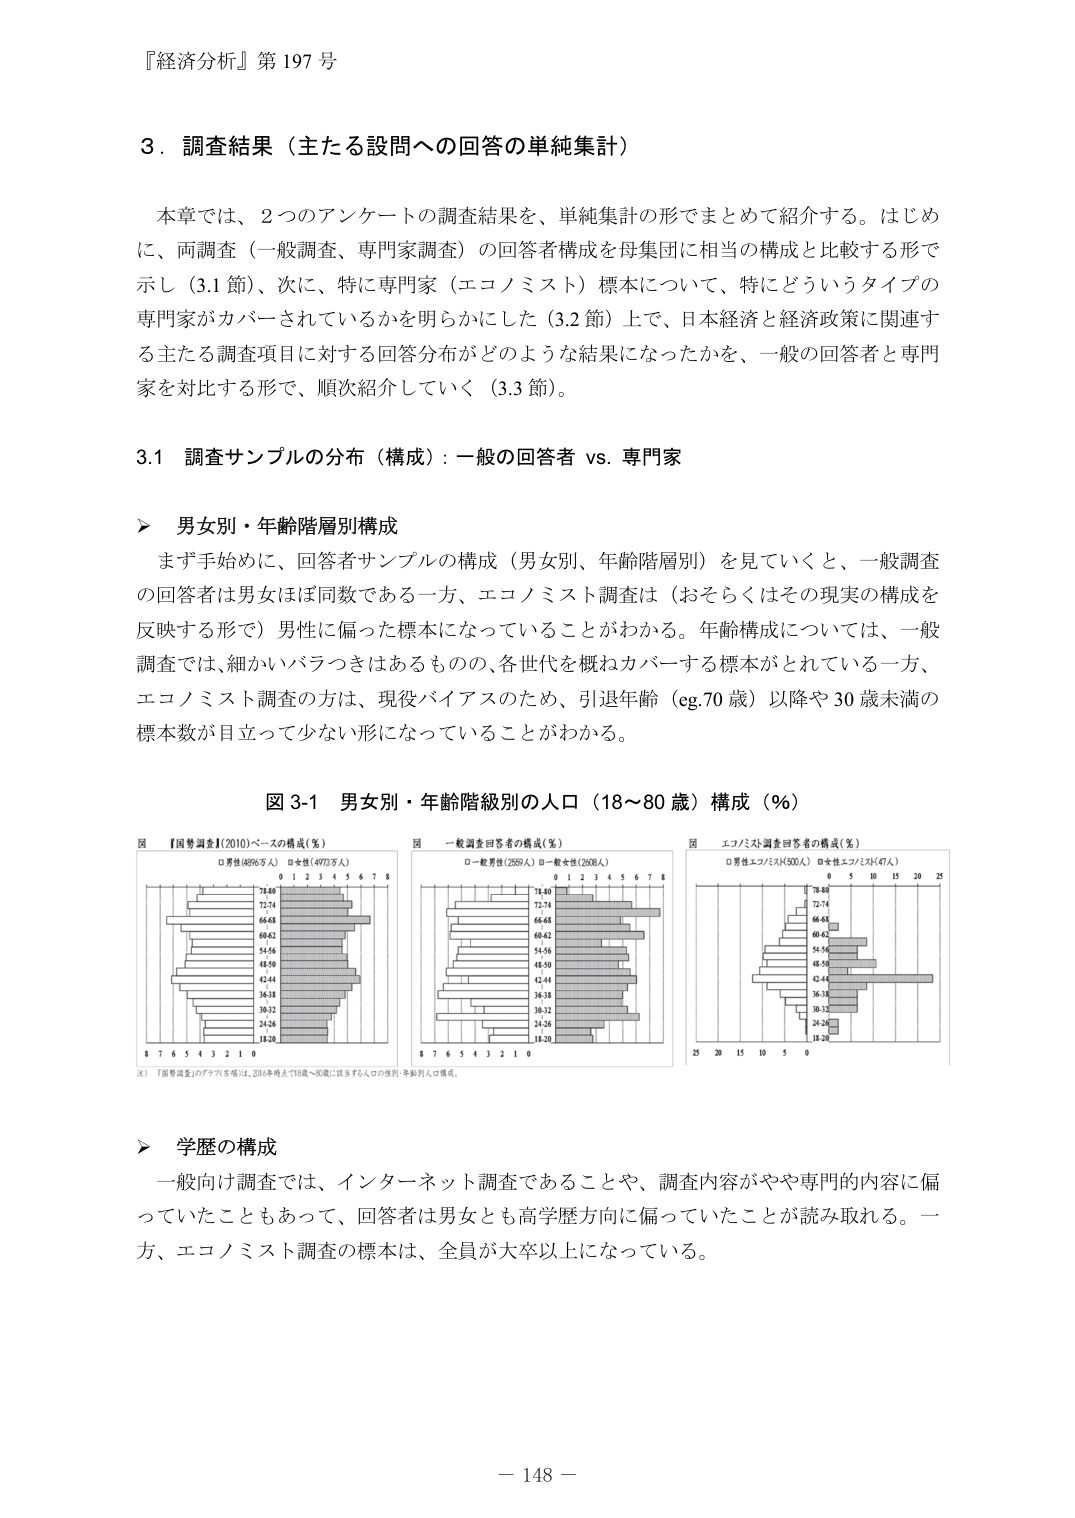
『経済分析』第197号

3．調査結果（主たる設問への回答の単純集計）

本章では、2つのアンケートの調査結果を、単純集計の形でまとめて紹介する。はじめに、両調査（一般調査、専門家調査）の回答者構成を母集団に相当の構成と比較する形で示し（3.1節）、次に、特に専門家（エコノミスト）標本について、特にどういうタイプの専門家がカバーされているかを明らかにした（3.2節）上で、日本経済と経済政策に関連する主たる調査項目に対する回答分布がどのような結果になったかを、一般の回答者と専門家を対比する形で、順次紹介していく（3.3節）。

3.1 調査サンプルの分布（構成）：一般の回答者 vs. 専門家

▶ 男女別・年齢階層別構成

まず手始めに、回答者サンプルの構成（男女別、年齢階層別）を見ていくと、一般調査の回答者は男女ほぼ同数である一方、エコノミスト調査は（おそらくはその現実の構成を反映する形で）男性に偏った標本になっていることがわかる。年齢構成については、一般調査では、細かいバラつきはあるものの、各世代を概ねカバーする標本がとれている一方、エコノミスト調査の方は、現役バイアスのため、引退年齢（eg.70歳）以降や30歳未満の標本数が目立って少ない形になっていることがわかる。

図3-1 男女別・年齢階級別的人口（18～80歳）構成（％）

図 国勢調査（2010）ベースの構成（％）
□男性（4896万人） □女性（4973万人）
78.80
72.74
66.48
60.42
54.56
48.50
42.44
36.38
30.32
24.26
18.20
8 7 6 5 4 3 2 1 0

図 一般調査回答者の構成（％）
□一般男性（2559人） □一般女性（2608人）
78.80
72.74
66.48
60.42
54.56
48.50
42.44
36.38
30.32
24.26
18.20
8 7 6 5 4 3 2 1 0

図 エコノミスト調査回答者の構成（％）
□男性エコノミスト（500人） □女性エコノミスト（47人）
78.80
72.74
66.48
60.42
54.56
48.50
42.44
36.38
30.32
24.26
18.20
25 20 15 10 5 0

注）「国勢調査」のグラフを基に、2010年時点で18歳～80歳に該当する人口の性別・年齢別人口構成。

▶ 学歴の構成

一般向け調査では、インターネット調査であることや、調査内容がやや専門的内容に偏っていたこともあって、回答者は男女とも高学歴方向に偏っていたことが読み取れる。一方、エコノミスト調査の標本は、全員が大卒以上になっている。

－ 148 －